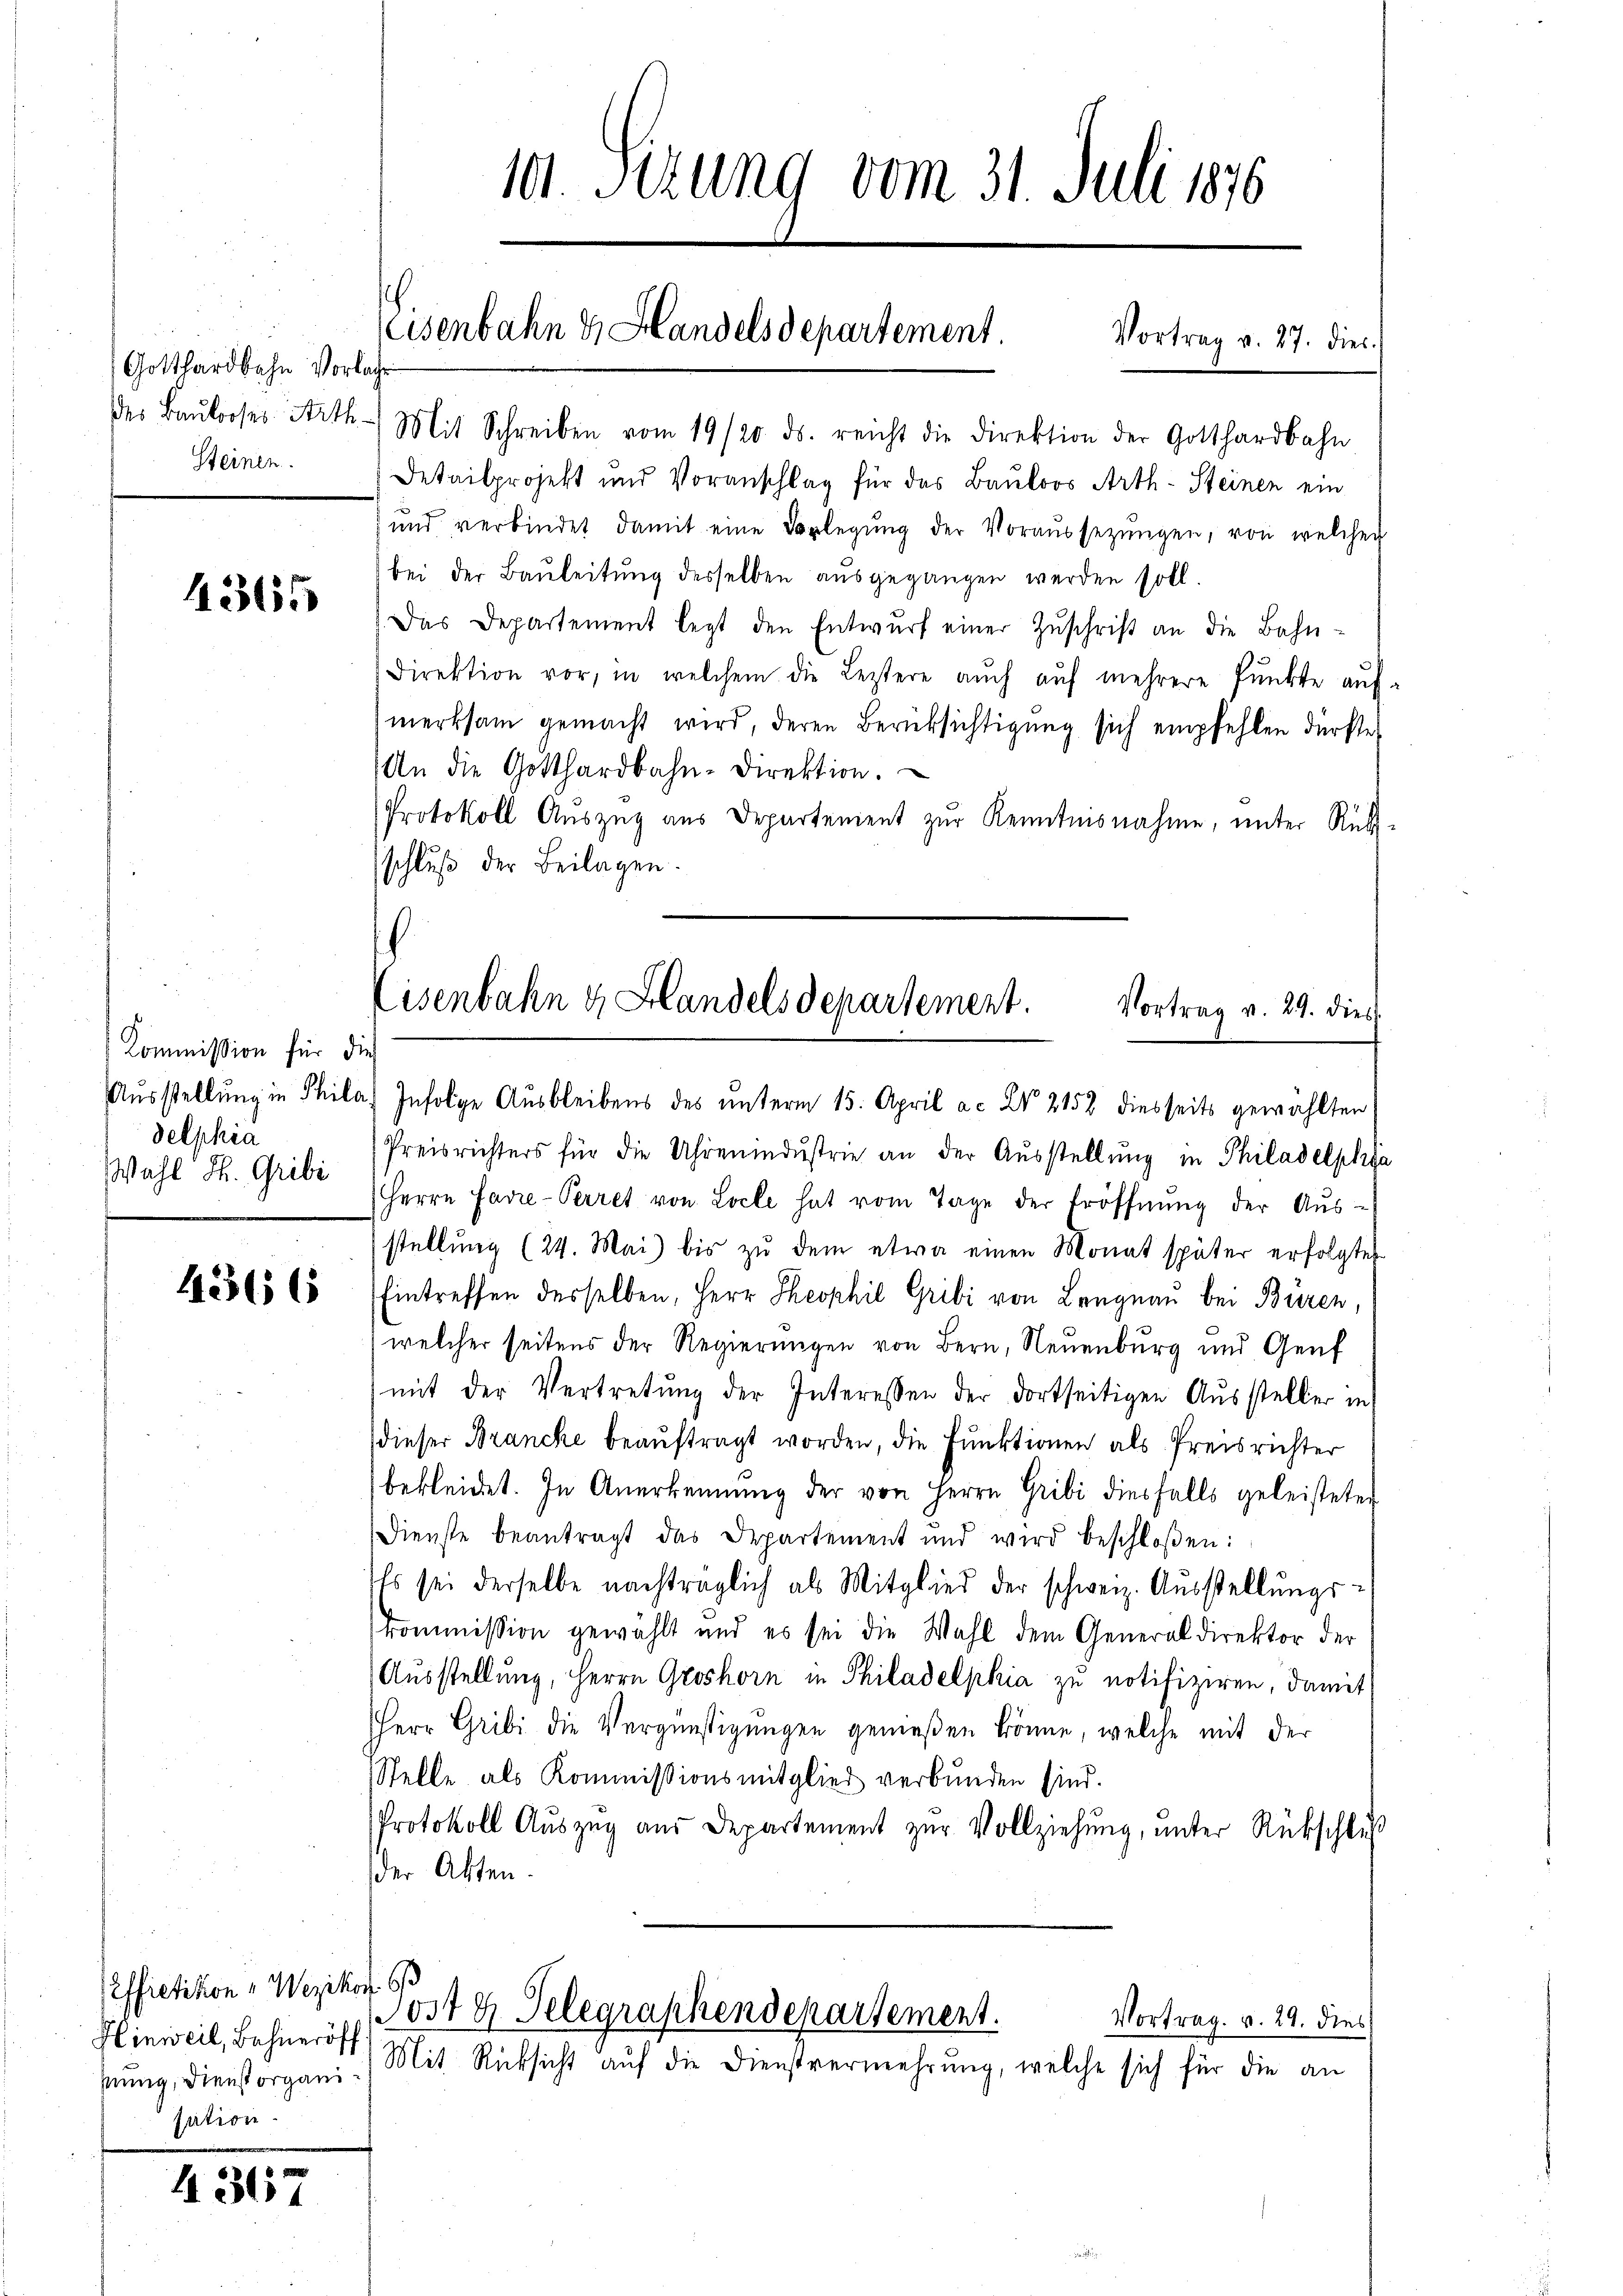
Gotthardbahn Vorlache
des Baulooses Arth
Steinen.

4365

Kommission für die
delphia
Wahl H. Gribi

42566

Peffietikon "Wezikon b
Hinweil, Bahneröff
sung, Dienst organisation

4317

101. Sezung vom 31. Juli 1876
Eisenbahn & Handelsdepartement Vortrag v. 27. dies

Mit Schreiben vom 19/20. ds. reicht die Direktion der Gotthardbahn
Detailprojekt und Voranschlag für das Bauloos Arth- Steinen ein
und verbindet damit eine Vorlegŭng der Voraŭssetzŭngen, von welchen
bei der Bauleitung desselben ausgegangen werden soll.
Das Departement legt den Entwŭrf einer Zŭschrift an die Bahn-
Direktion vor, in welchem die Leztere auch auf mehrere Punkte auf-
merksam gemacht wird, deren Berüksichtigung sich empfehlen dürfte,
An die Gotthardbahn-Direktion.
Protokoll Auszug aus Departement zur Kenntnisnahme, unter Rückschluß der Beilagen.
.
Eisenbahn & Handels departement.
Vortrag v. 29. dies

Aŭsstellŭng in Phila) Infolge Ausbleibens des ŭnterm 15. April a. d. 2152 diesseits gewählten
Preisrichters für die Uhrenindŭstrie an der Aŭsstellŭng in Philadelphia
Herrn Favre-Perret von Loele hat vom Tage der Eröffnŭng der Aŭs-
stellŭng (24. Mai) bis zŭ dem etwa einen Monat später erfolgten
Eintreffen desselben, Herr Theophil Gribi von Langnau bei Büren,
welcher seitens der Regierungen von Bern, Neuenburg und Genf
mit der Vertretŭng der Interessen der dortseitigen Aŭssteller in
dieser Brancke beaŭftragt worden, die Funktionen als Preisrichter
bekleidet. In Anerkennung der von Herrn Gribi diesfalls geleisteten
Dienste beantragt das Departement und wird beschloßen:
Es sei derselbe nachträglich als Mitglied der schweiz. Aŭsstellŭngs-
kommission gewählt und es sei die Wahl dem Generaldirektor der
Ausstellung, Herrn Groshorn in Philadelphia zu notifiziren, damit
HHerr Gribi die Vergünstigungen genießen könne, welche mit der
Stelle als Kommissionsmitglied verbunden sind.
Protokoll Auszug aus Departement zur Vollziehung, unter Rückschluß
der Akten.

Jost 8 Telegraphendepartement.
Vortrag. v. 29. dies
Mit Rücksicht auf die Dienstvermehrung, welche sich für die an